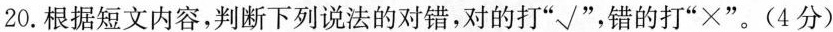
20.根据短文内容，判断下列说法的对错，对的打”√”，错的打”×”。(4分)